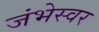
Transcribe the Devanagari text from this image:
जंभेस्वर